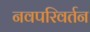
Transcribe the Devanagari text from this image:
नवपरिवर्तन